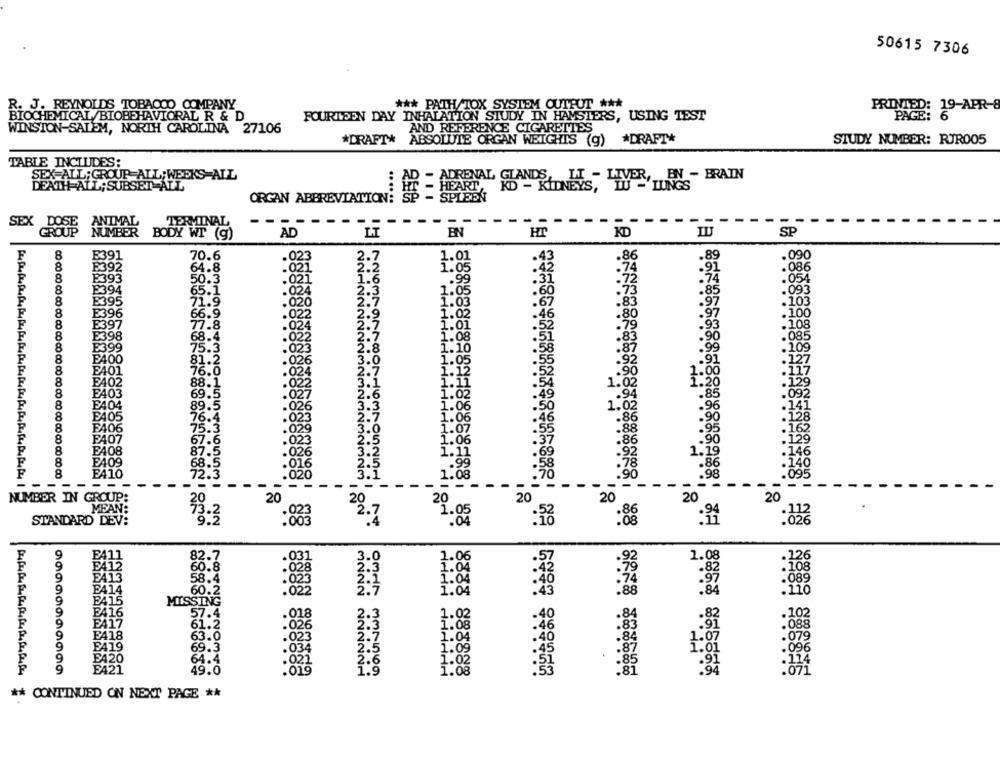
50615 7306
R. J. REYNOLDS TOBACCO COMPANY
*** PATH/TOX SYSTEM CUIPUT ***
PRINTED: 19-APR-8
BIOCHEMICAL/BIOBEHAVIORAL R & D
FOURTEEN DAY INHALATION STUDY IN HAMSTERS, USING TEST
PAGE:
WINSTON-SALEM, NORTH CAROLINA 27106
AND REFERENCE CIGARETTES
*DRAFT* ABSOLUTE ORGAN WEIGHTS (g) *DRAFT*
STUDY NUMBER: RJR005
TABLE INCLUDES:
SEX ALL; GROUP ALL; WEEKS ALL
HEART, KD - KITNETS, LIVER ,, EN - BRAIN
DEATH ALL; SUBSEIL ALL
LUNGS
ORGAN ABBREVIATION:
--
---
SEX DOSE ANTMAL
NUMBER BODY WI (9)
EN
SP
E391
70.6
023
2.7
1.01
.43
.86
.89
.090
E392
64.8
.02
.42
.91
393
50.3
.99
.31
74
.054
85
E
65.1
.02
.05
.60
.093
020
97
.103
8
E
66.9
.02
1.02
.100
E397
7.8
.024
2212222
.01
.93
.108
.022
E398
68.
.. 08
E399
1.10
.99
109
.91
. 127
E400
.026
.. 05
E401
76.
UN I Winviawbirini
.024
1.00
8
E402
88.
E403
.85
8
89.5
.96
8
E405
76.4
1.06
.90
8
F406
75.
1.07
.95
8
1.0
8
E408
1.19
E409
.8
E410
.08
-
- -
-- -
NUMBER IN GROUP:
20
20
20
20
20
MEAN:
20
1 .
. 122
STANDARD DEV:
9.2
:803
22.7
: 04
03
1.08
.82
108
58.
:12
189
60.
02
88
.84
MISSING
57.4
.018
10
2.3
61.2
.026
83
:91
.088
418
63.
84
.02
2.5
421
6
:51
99999999999
49.0
MNNN NNNNNN
81
8888 888888
** CONTINUED ON NEXT PAGE **